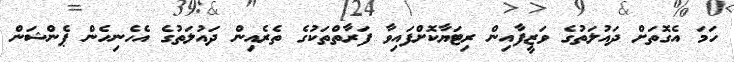
ހަމަ އެގޮތަށް ދައުލަތުގެ ވަޒީފާއިން ރިޓަޔާކޮށްފައިވާ ފަރާތްތަކުގެ ތެރެއިން ދައުލަތުގެ އެހެނިހެން ޕެންޝަން